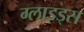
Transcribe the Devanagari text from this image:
ग्लाइड्स